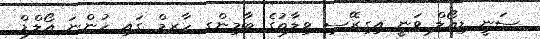
ސަނީ ޑިއޯލް ވަނީ އިގިރޭސި ވިލާތުގެ ބާމިންގ ހާރމް ގައި ހުންނަ އޯލްޑް